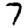
Digit: 7